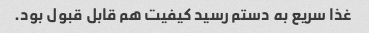
غذا سریع به دستم رسید کیفیت هم قابل قبول بود.